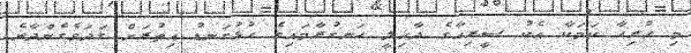
މި ހުރިހާ ކަމަކާ އެކު ސީރިއާގެ ދާޚިލީ ހަނގުރާމައިގެ ހުޅުގަނޑު އިތުރަށް ގަދަވެގެންދާނެ